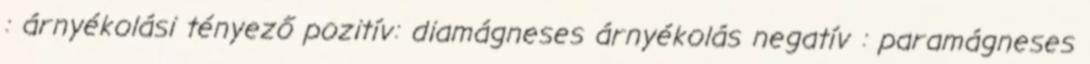
: árnyékolási tényező pozitív: diamágneses árnyékolás negatív : paramágneses